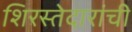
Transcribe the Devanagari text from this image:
शिरस्तेदारांची